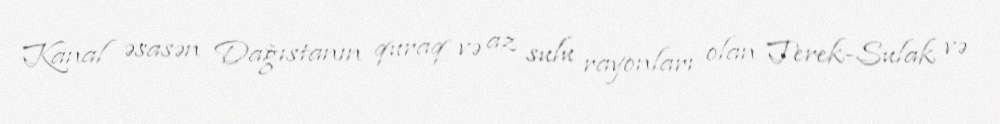
Kanal əsasən Dağıstanın quraq və az sulu rayonları olan Terek-Sulak və